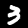
Digit: 3